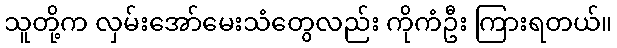
သူတို့က လှမ်းအော်မေးသံတွေလည်း ကိုကံဦး ကြားရတယ်။